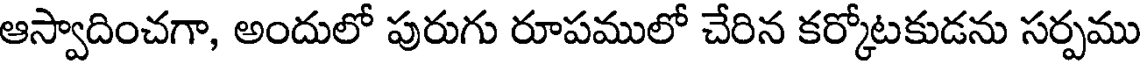
ఆస్వాదించగా, అందులో పురుగు రూపములో చేరిన కర్కోటకుడను సర్పము